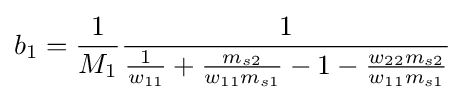
b_{1}={\frac {1}{M_{1}}}{\frac {1}{{\frac {1}{w_{11}}}+{\frac {m_{s2}}{w_{11}m_{s1}}}-1-{\frac {w_{22}m_{s2}}{w_{11}m_{s1}}}}}